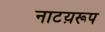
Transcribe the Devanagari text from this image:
नाटय़रूप